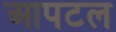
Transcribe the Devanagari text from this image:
आपटल